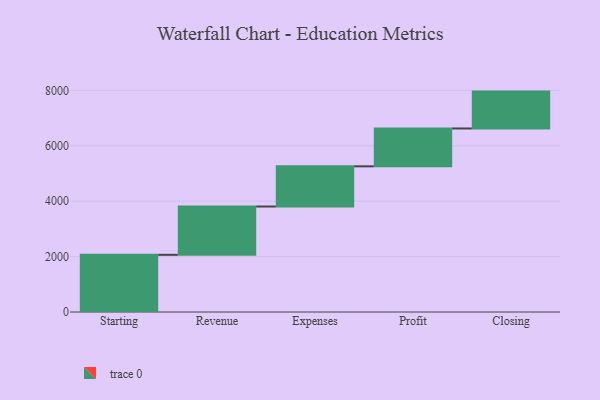
{"axis": {"x": "Step", "y": "Value"}, "legend": [""], "data": [{"x": "Starting", "y": 2064.0, "type": ""}, {"x": "Revenue", "y": 1744.0, "type": ""}, {"x": "Expenses", "y": 1450.0, "type": ""}, {"x": "Profit", "y": 1367.0, "type": ""}, {"x": "Closing", "y": 1331.0, "type": ""}]}